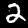
Label: 2